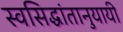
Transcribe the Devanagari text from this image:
स्वसिद्धांतानुयायी